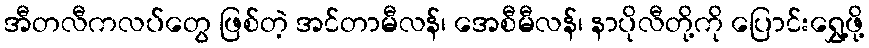
အီတလီကလပ်တွေ ဖြစ်တဲ့ အင်တာမီလန်၊ အေစီမီလန်၊ နာပိုလီတို့ကို ပြောင်းရွှေ့ဖို့